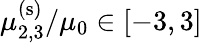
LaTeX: \mu_{2,3}^{\mathrm{(s)}}/\mu_{0}\in[-3,3]